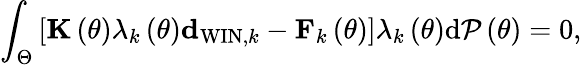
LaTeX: \int_{\Theta}\left[{\mathbf K}\left(\theta\right)\lambda_{k}\left(\theta\right){\mathbf d}_{\mathrm{WIN},k}-{\mathbf F}_{k}\left(\theta\right)\right]\lambda_{k}\left(\theta\right)\mathrm{d}{\cal P}\left(\theta\right)=0,